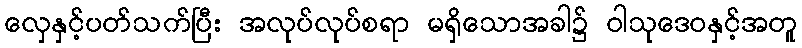
လှေနှင့်ပတ်သက်ပြီး အလုပ်လုပ်စရာ မရှိသောအခါ၌ ဝါသုဒေဝနှင့်အတူ